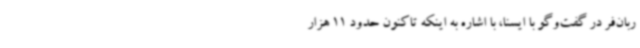
ربان‌فر در گفت‌وگو با ایسنا، با اشاره به اینکه تاکنون حدود 11 هزار